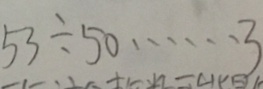
5 3 \div 5 0 \cdots 3